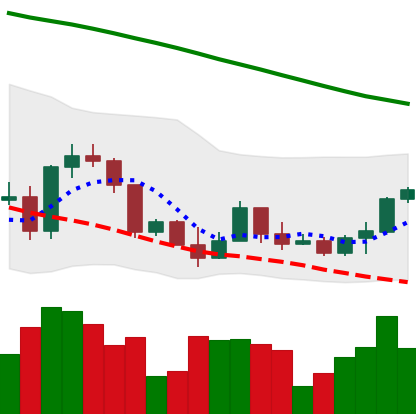
Ticker: ETH-USD
Chart end date: 2022-03-17
Forward return: 5.623%
Label: up_5_7